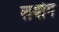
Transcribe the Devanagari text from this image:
लयोग